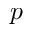
p